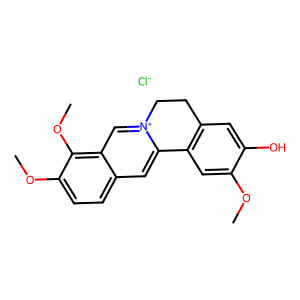
SMILES: COc1cc2c(cc1O)CC[n+]1cc3c(OC)c(OC)ccc3cc1-2.[Cl-]
Inhibits HIV replication: No